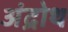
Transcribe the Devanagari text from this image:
अंद्रोथ